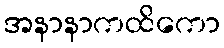
အနာနာကထိကော